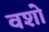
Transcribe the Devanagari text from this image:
वशो